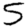
Digit: 5